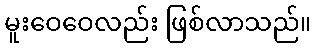
မူးဝေဝေလည်း ဖြစ်လာသည်။